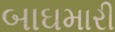
બાઘમારી